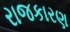
રાજકારણ